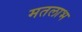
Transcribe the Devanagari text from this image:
मतलाभ